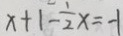
x + 1 - \frac { 1 } { 2 } x = - 1